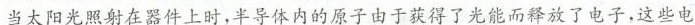
当太阳光照射在器件上时，半导体内的原子由于获得了光能而释放了电子，\underline{这些电}